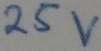
Text: 25v